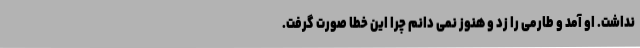
نداشت. او آمد و طارمی را زد و هنوز نمی‌ دانم چرا این خطا صورت گرفت.